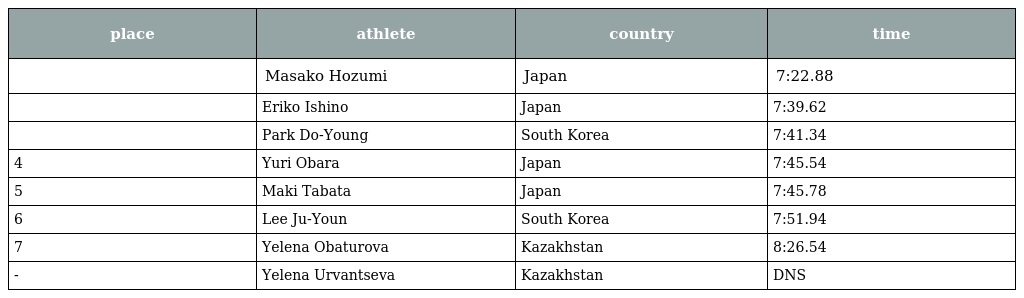
| place | athlete | country | time |
 | --- | --- | --- | --- |
 |  | Masako Hozumi | Japan | 7:22.88 |
 |  | Eriko Ishino | Japan | 7:39.62 |
 |  | Park Do-Young | South Korea | 7:41.34 |
 | 4 | Yuri Obara | Japan | 7:45.54 |
 | 5 | Maki Tabata | Japan | 7:45.78 |
 | 6 | Lee Ju-Youn | South Korea | 7:51.94 |
 | 7 | Yelena Obaturova | Kazakhstan | 8:26.54 |
 | - | Yelena Urvantseva | Kazakhstan | DNS |